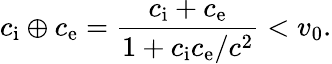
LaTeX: c_{\mathrm{i}}\oplus c_{\mathrm{e}}=\frac{c_{\mathrm{i}}+c_{\mathrm{e}}}{1+c_{\mathrm{i}}c_{\mathrm{e}}/c^{2}}<v_{0}.